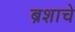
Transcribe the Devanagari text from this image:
ब्रशाचे